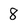
Character: 8